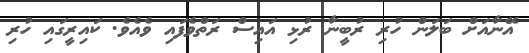
އޭނާއަށް ބަލަން ހުރި ރުބީނާ ރުޅި އައިސް ރަތްވެފައި ވެއެވެ. ކައިރީގައި ހުރި